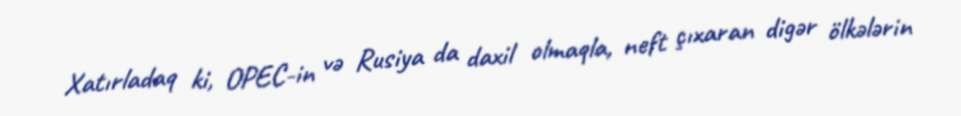
Xatırladaq ki, OPEC-in və Rusiya da daxil olmaqla, neft çıxaran digər ölkələrin